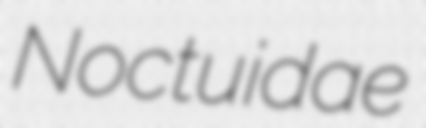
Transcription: Noctuidae